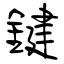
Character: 鍵